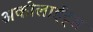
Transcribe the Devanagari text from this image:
अकोलाईट्स